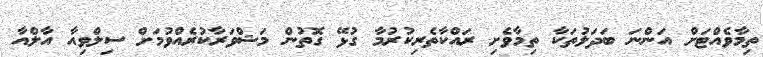
ތިމާވެއްޓަށް އަންނަ ބަދަލުތަކާ ތިމާވެށި ރައްކާތެރިކުރުމާ ގުޅޭ ގޮތުން މަޝްވަރާކުރެއްވުމަށް ސިލްވިއާ އާލްއާ